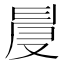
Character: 𠭙